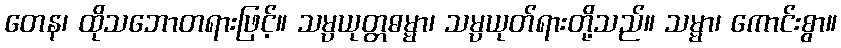
တေန၊ ထိုသဘောတရားဖြင့်။ သမ္ပယုတ္တဓမ္မာ၊ သမ္ပယုတ်ရားတို့သည်။ သမ္မာ၊ ကောင်းစွာ။